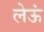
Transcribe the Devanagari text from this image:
लेऊं